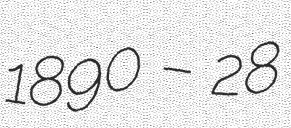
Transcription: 1890 – 28